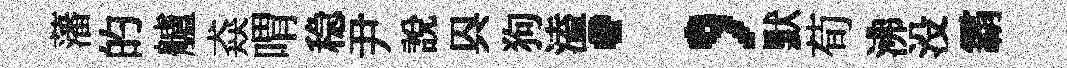
藩的艫猋喟稳尹説㒷狗溘；默荀沸没霸